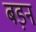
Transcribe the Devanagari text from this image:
बड़न